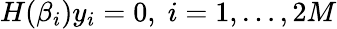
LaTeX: H(\beta_{i})y_{i}=0,\; i=1,\ldots,2M